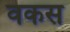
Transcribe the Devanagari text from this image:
वकस